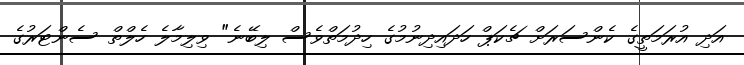
އަދި އުރަމަތީގެ ކެންސަރަށް ޗެކަޕް ހަދައިދިނުމުގެ ހިދުމަތްވެސް ލިބޭނެ" ވިލިމާލެ ހެލްތް ސެންޓަރުގެ